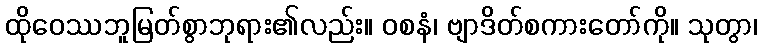
ထိုဝေဿဘူမြတ်စွာဘုရား၏လည်း။ ဝစနံ၊ ဗျာဒိတ်စကားတော်ကို။ သုတွာ၊